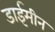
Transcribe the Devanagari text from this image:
डाईमीन